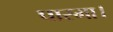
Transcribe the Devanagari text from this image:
पारमा।